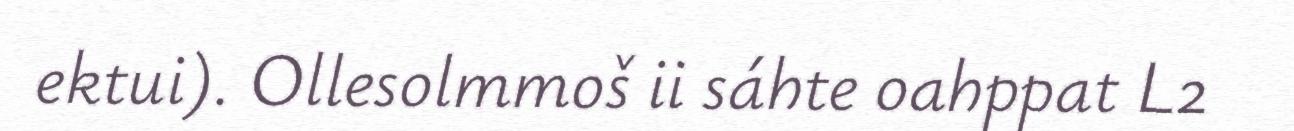
ektui). Ollesolmmoš ii sáhte oahppat L2